Annual report of the Central Committee of the Association together with the report of the directors of the Pasteur Institute at Kasauli
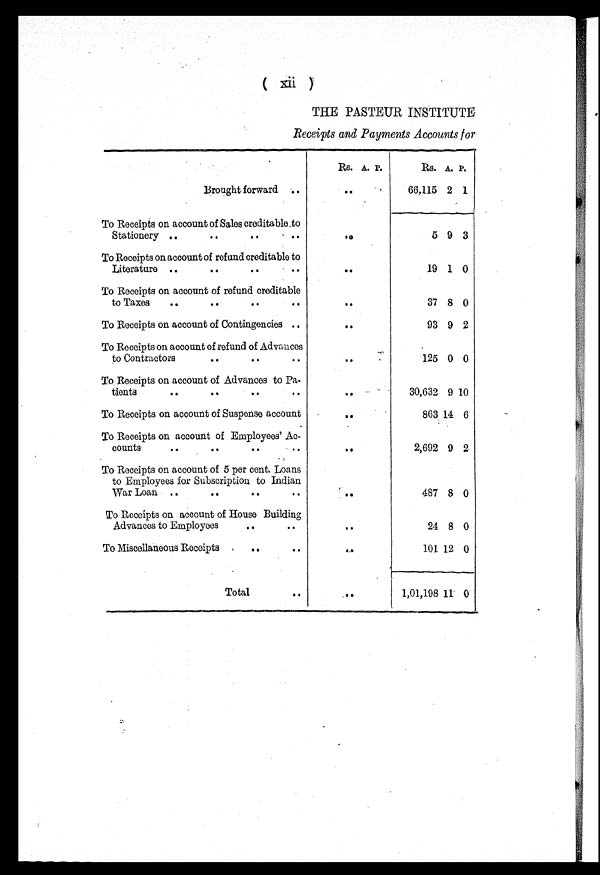
(Xii)
THE PASTEUR INSTITUTE
Receipts and Payments Accounts for
Rs. A. P.
Rs. A. P.
Brought forward
..
66,115 2 1
To Receipts on account of Sales creditable to
Stationery
..
5 9 3
To Receipts on account of refund creditable to
Literature
..
19 1 0
To Receipts on account of refund creditable
to Taxes
..
37 8 0
To Receipts on account of Contingencies
..
93 9 2
To Receipts on account of refund of Advances
to Contractors
..
125 0 0
To Receipts on account of Advances to Pa-
tients.
..
30,632 9 10
To Receipts on account of Suspense account
..
863 14 6
To Receipts on account of Employees' Ac-
counts
..
2,692 9 2
To Receipts on account of 5 per cent. Loans
to Employees for Subscription to Indian
War Loan
..
487 8 0
To Receipts on account of House Building
Advances to Employees
..
24 8 0
To Miscellaneous Receipts
..
101 12 0
Total
..
1,01,198 11 0